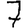
Digit: 7